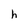
Character: h